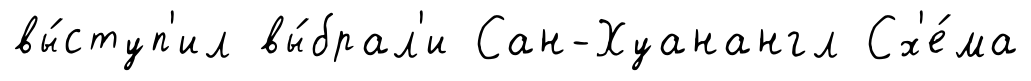
вы́ступ'ил вы́брал'и Сан-Хуанангл Сх'е́ма